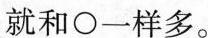
就和\bigcirc 一样多。